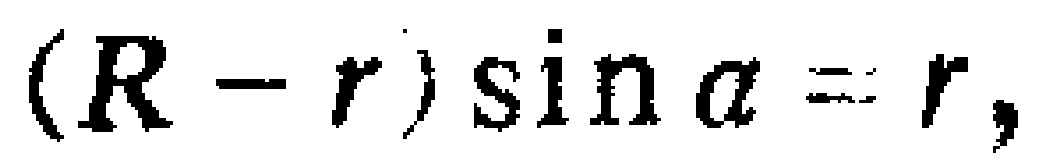
\((R - r)\sin a = r,\)